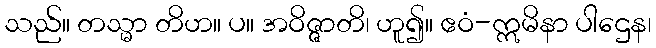
သည်။ တသ္မာ တိဟ။ ပ။ အဝိဇ္ဇာတိ၊ ဟူ၍။ ဧဝံ-ဣမိနာ ပါဌေန၊